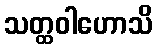
သတ္ထဝါဟောသိ